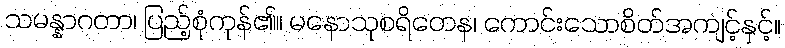
သမန္နာဂတာ၊ ပြည့်စုံကုန်၏။ မနောသုစရိတေန၊ ကောင်းသောစိတ်အကျင့်နှင့်။